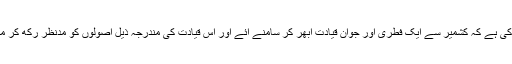
ضرورت اس بات کی ہے کہ کشمیر سے ایک فطری اور جوان قیادت ابھر کر سامنے آئے اور اس قیادت کی مندرجہ ذیل اصولوں کو مدنظر رکھ کر مدد فراہم کی جائے ۔